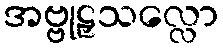
အဗ္ဗုဠှသလ္လော